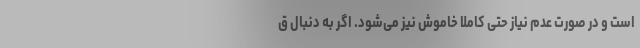
است و در صورت عدم نیاز حتی کاملا خاموش نیز می‌شود. اگر به دنبال ق